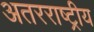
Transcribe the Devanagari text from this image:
अतरराष्ट्रीय